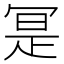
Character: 𭁼